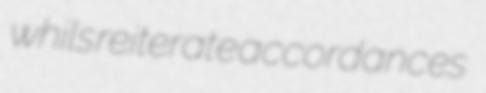
whils reiterate accordances